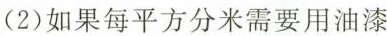
(2)如果每平方分米需要用油漆